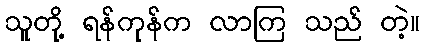
သူတို့ ရန်ကုန်က လာကြ သည် တဲ့။